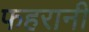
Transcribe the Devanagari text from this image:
फहरानी